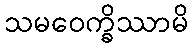
သမဝေက္ခိဿာမိ